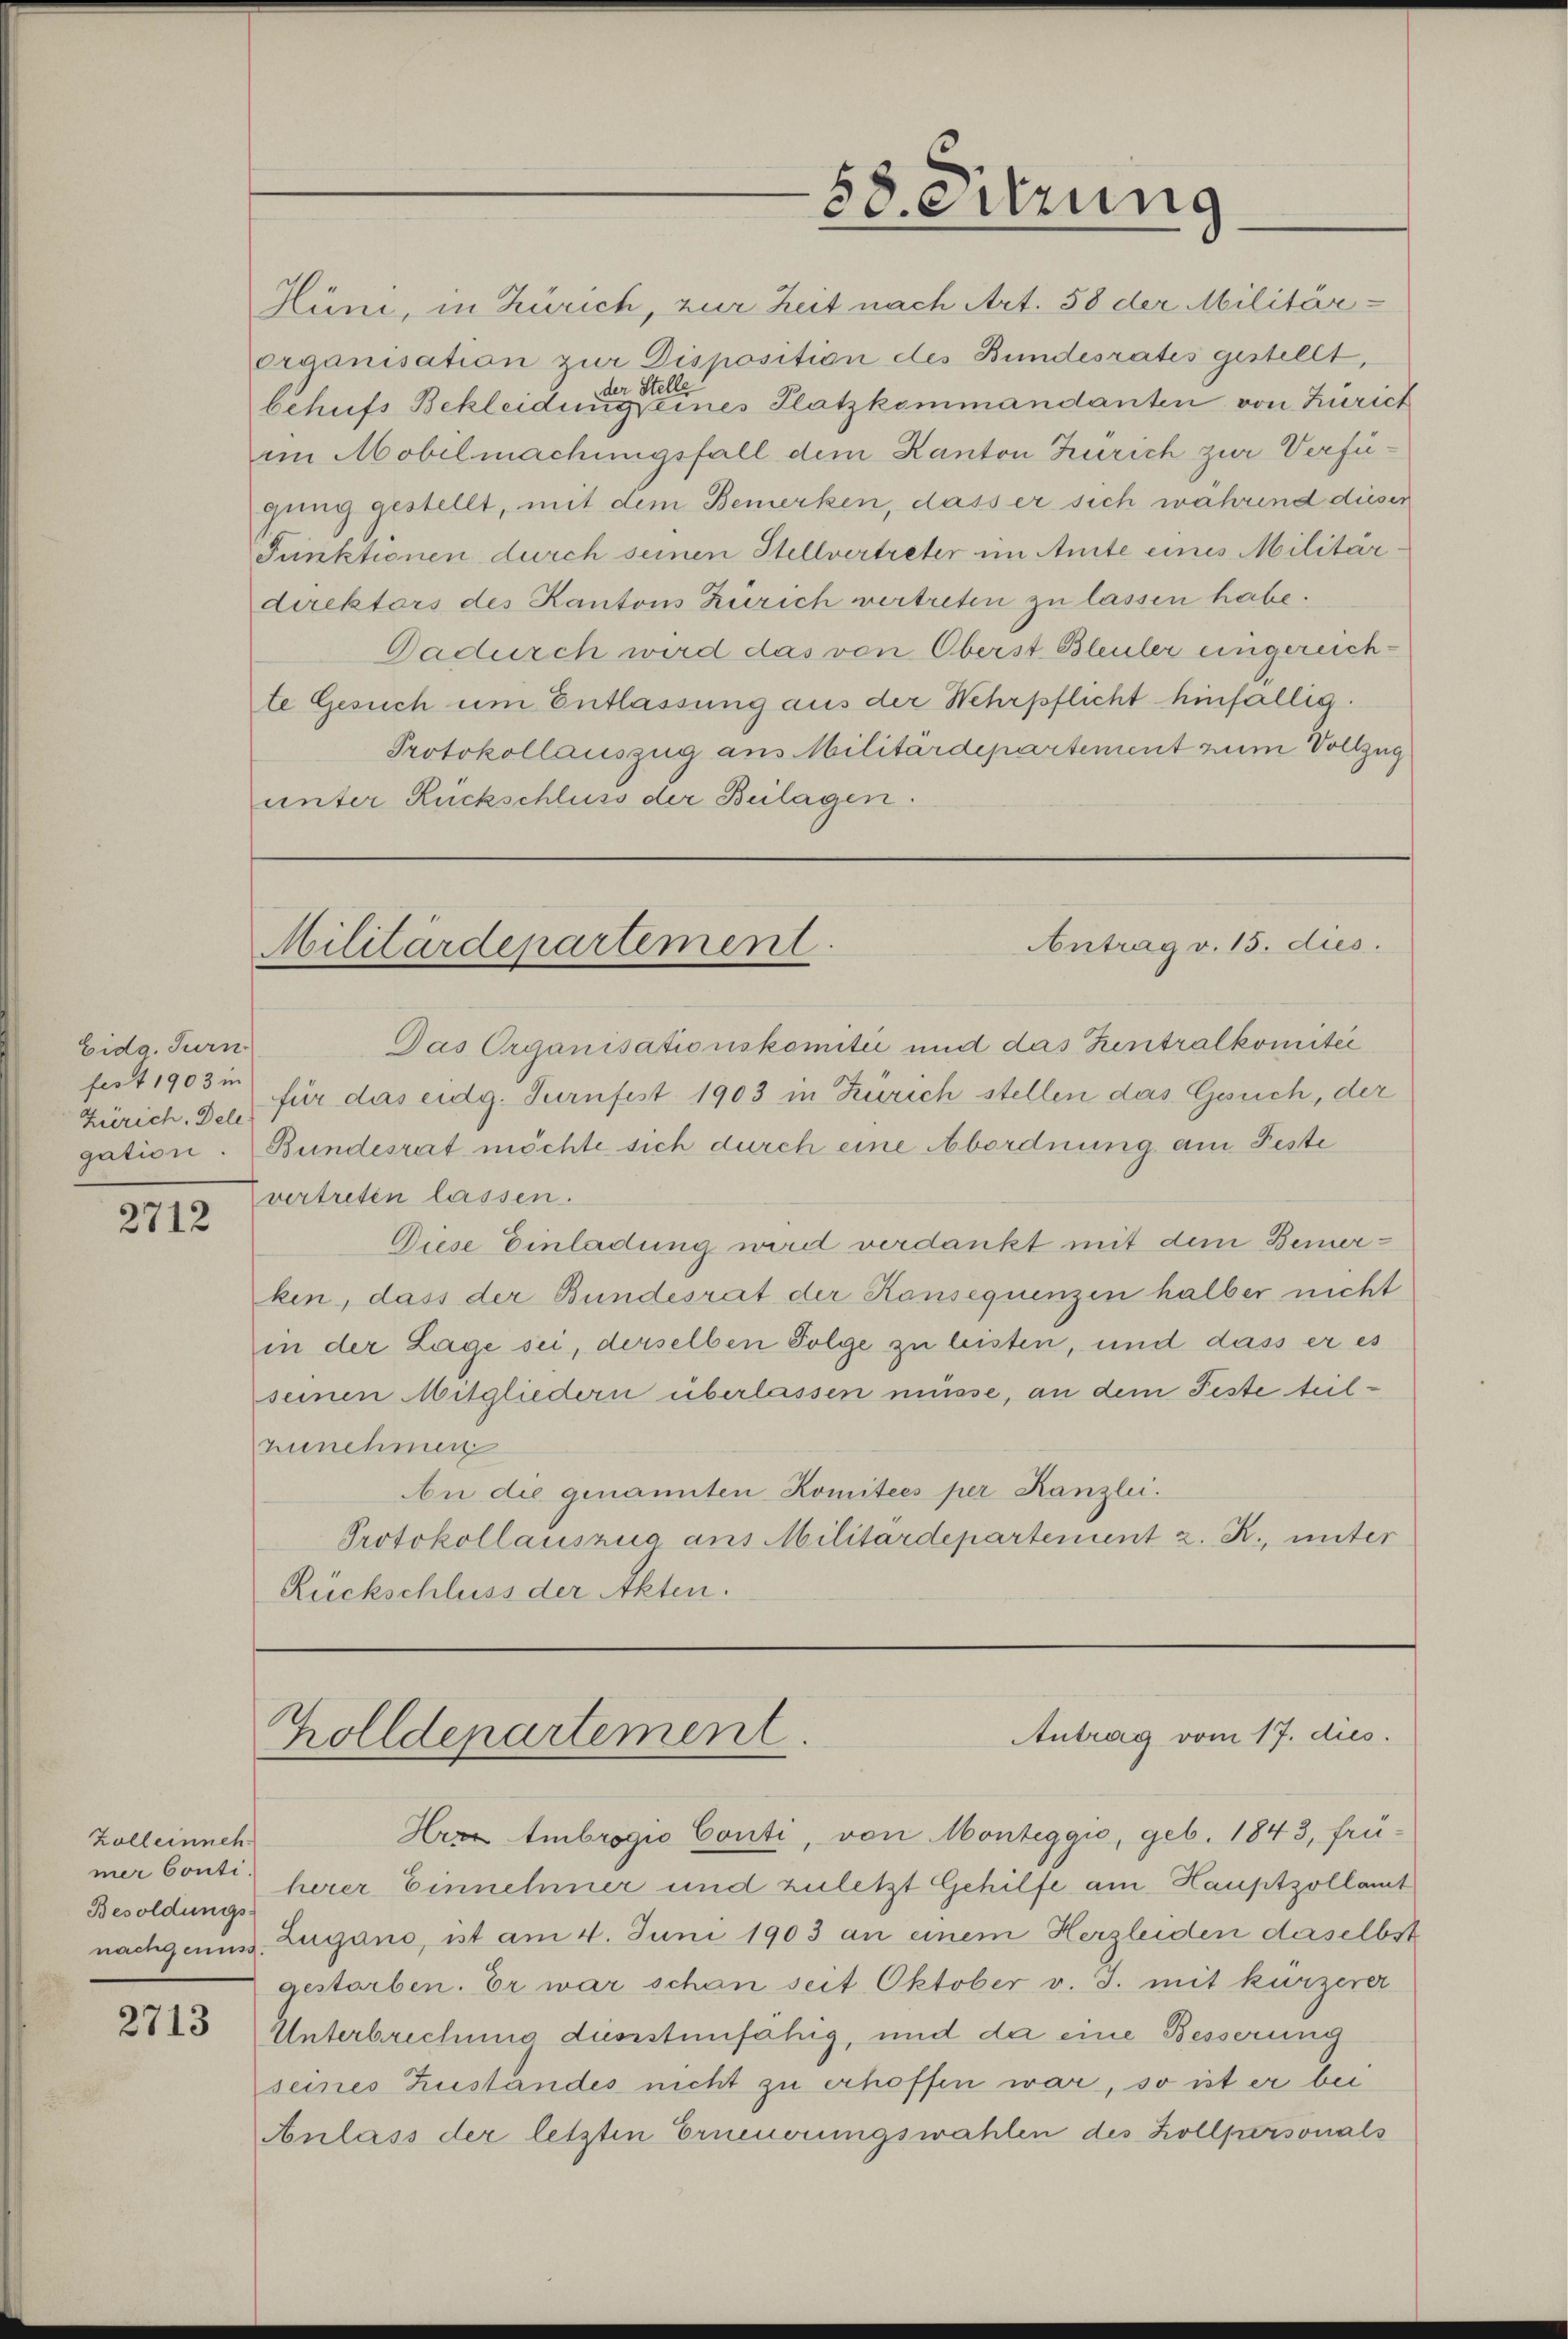
Eidg. Turn
fest 1903 in
Zürich, Dele

2712

Zoll einneh
Besoldungs-

2713

Hüni, in Zürich, zur Zeit nach Art. 58 der Militär-
erganisation zur Disposition des Bundesrates gestellt,
der Stelle
behufs Bekleidung eines Platzkommandanten von Zürich
im Mobilmachungsfall dem Kanton Zürich zur Verfügung gestellt, mit dem Bemerken, dass er sich während dieser
Punktionen durch seinen Stellvertreter im Amte eines Militärdirektors des Kantons Zürich vertreten zu lassen habe.
Dadurch wird das von Oberst Bleuler eingereichte Gesuch um Entlassung aus der Wehrpflicht hinfällig.
Protokollauszug aus Militärdepartement zum Vollzug
unter Rückschluss der Beilagen.

Das Organisationskomitii und das Zentralkomitei
für das eidg. Turnfest 1903 in Zürich stellen das Gesuch, der
gation. Bundesrat möchte sich durch eine Abordnung am Feste
vertreten lassen.
Diese Einladung wird verdankt mit dem Bemerken, dass der Bundesrat der Konsequenzen halber nicht
in der Lage sei, derselben Folge zu leisten, und dass er es
seinen Mitgliedern überlassen müsse, an dem Feste teilzunehmen
An die genannten Komitees per Kanzlei.
Protokollauszug aus Militärdepartement z. R., unter
Rückschluss der Akten.

58 eitzung

Antrag v. 15. dies
Militärdepartement.

Zolldepartement.

Hrr Ambrogio Conti, von Monteggio, geb. 1843, frü-
mer Conti herer Einnehmer und zuletzt Gehilfe am Hauptzollamt
nachgenuss. Zugano, ist am 4. Juni 1903 an einem Herzleiden daselbst
gestorben. Er war schon seit Oktober v. J. mit kurzerer
Unterbrechung durstunfähig, und da eine Besserung
seines Zustandes nicht zu erhoffen war, so ist er bei
Anlass der letzten Erneuerungswahlen des Hollpersonals

Antrag vom 17. dies.